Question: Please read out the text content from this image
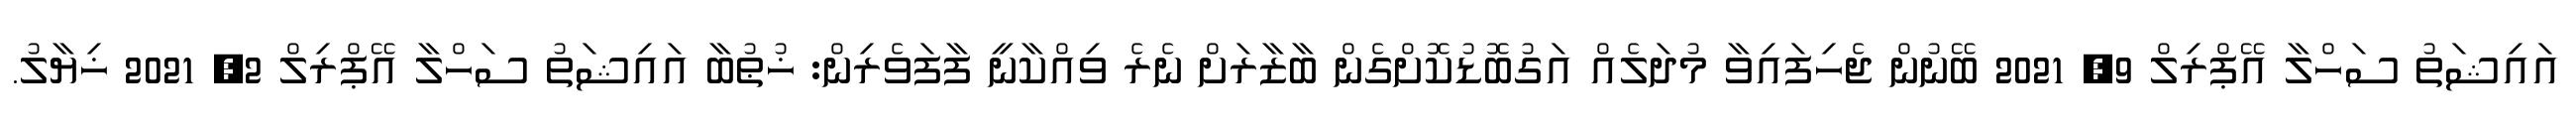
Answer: އައިޝަތު ސަހްލާ އޭޕްރިލް 9, 2021 ބޭނުން ޖެހިފައިވާ މުދަލެއް އަގުބޮޑުކޮށްގެން ބާޒާރަށް ނެރެ ވިއްކާނީ ފާފަވެރިން: ޚުޠުބާ އައިޝަތު ސަހްލާ އޭޕްރިލް 2, 2021 ޚިޔާލު.